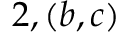
2 , ( b , c )